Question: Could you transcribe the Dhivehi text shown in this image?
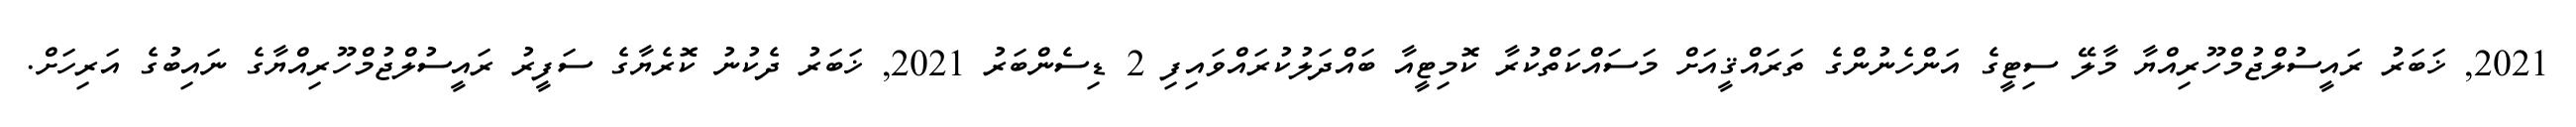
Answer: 2021, ޚަބަރު ރައީސުލްޖުމްހޫރިއްޔާ މާލޭ ސިޓީގެ އަންހެނުންގެ ތަރައްޤީއަށް މަސައްކަތްކުރާ ކޮމިޓީއާ ބައްދަލުކުރައްވައިފި 2 ޑިސެންބަރު 2021, ޚަބަރު ދެކުނު ކޮރެޔާގެ ސަފީރު ރައީސުލްޖުމްހޫރިއްޔާގެ ނައިބުގެ އަރިހަށް.